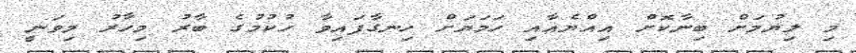
މި ލިޔުމަށް ބިނާކޮށް އިއްޔެއާއި ހަމަޔަށް ހިނގާފައިވާ ހުކުމުގެ ބާރު މިހާރު މިވަނީ